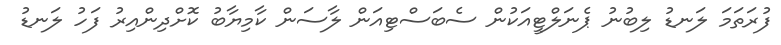
ފުރަތަމަ ލަނޑު ލިބުނު ޕެނަލްޓީއަކުން ސެބަސްޓިއަން ލާސަން ކާމިޔާބު ކޮށްދިންއިރު ފަހު ލަނޑު